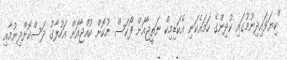
"ކިޔަވައިދިނުމުގައި ކުދިންގެ ހަމައެކަނި އެކަޑިމިކް ނަތީޖާއަށް ފޯކަސް ނުކޮށް ކުއްޖާއަށް އަހުލާގު ދަސްކޮށްދިނުމާއި